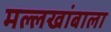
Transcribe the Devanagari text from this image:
मल्लखांबाला